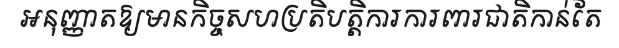
អនុញ្ញាតឱ្យមានកិច្ចសហប្រតិបត្តិការការពារជាតិកាន់តែ